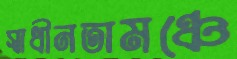
স্বাধীনতামঞ্চে